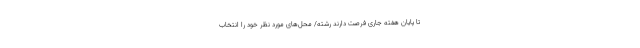
تا پایان هفته جاری فرصت دارند رشته/ محل‌های مورد نظر خود را انتخاب